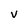
Character: v